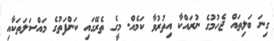
ގިނަ ބަލިތައް ޖެހުމުގެ ނުރައްކާ އިތުރުވާ ކަމެއް. މީގެ ތެރޭގައި ކަންފަތުގެ މައްސަލަތަކާއި